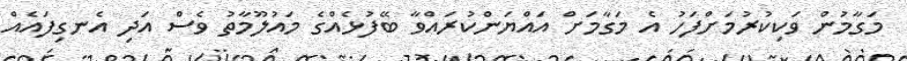
މަގާމުން ވަކިކުރުމަށްފަހު އެ މަގާމަށް އައްޔަންކުރައްވާ ބޭފުޅެއްގެ މައުލޫމާތު ވެސް އަދި އެނގިފައެއް